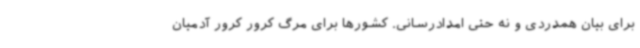
برای بیان همدردی و نه حتی امدادرسانی. کشورها برای مرگ کرور کرور آدمیان